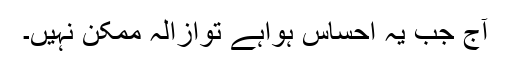
آج جب یہ احساس ہواہے توازالہ ممکن نہیں۔